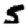
Digit: 5